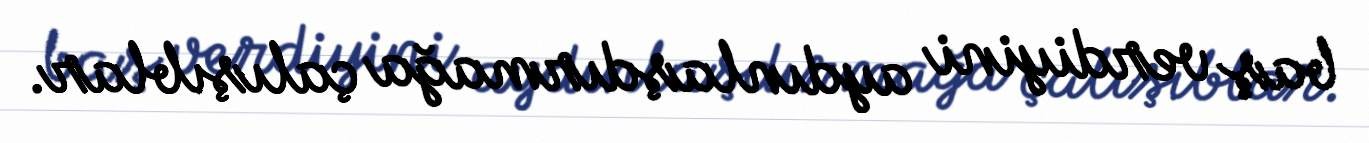
baş verdiyini aydınlaşdırmağa çalışıblar.